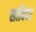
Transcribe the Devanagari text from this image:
साविदर